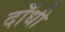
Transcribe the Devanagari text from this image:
दाँधी